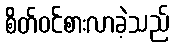
စိတ်ဝင်စားလာခဲ့သည်